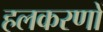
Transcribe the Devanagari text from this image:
हलकरणों